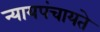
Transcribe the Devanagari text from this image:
न्यायपंचायते